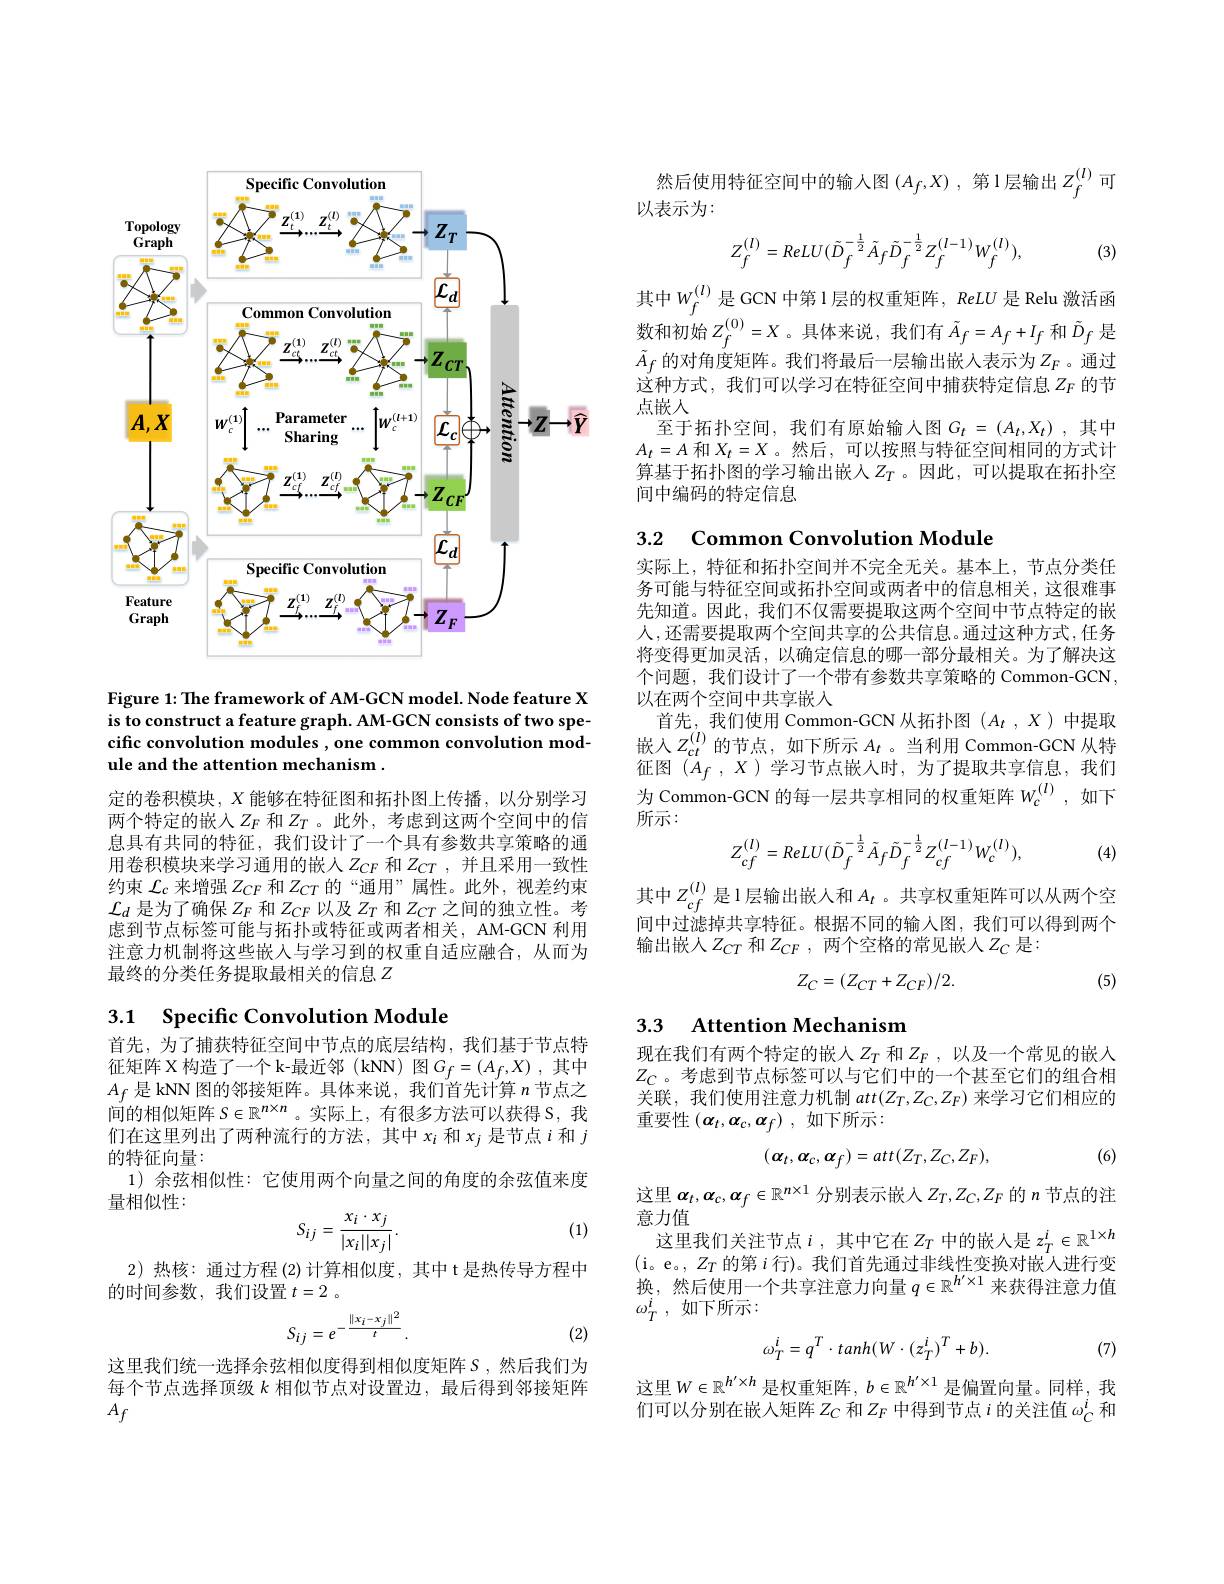
<FigureHere>

Figure 1: The framework of AM-GCN model. Node feature X is to construct a feature graph. AM-GCN consists of two specific convolution modules , one common convolution module and the attention mechanism .

定的卷积模块，$X$能够在特征图和拓扑图上传播，以分别学习两个特定的嵌人$Z_F$ 和 $Z_T$ 。此外，考虑到这两个空间中的信息具有共同的特征，我们设计了一个具有参数共享策略的通用卷积模块来学习通用的嵌人$Z_{CF}$ 和$Z_{CT}$,并且采用一致性约束$\mathcal{L}_c$来增强$Z_CF$和$Z_{CT}$的 “通用”属性。此外，视差约束$\mathcal{L}_d$是为了确保$Z_F$和$Z_CF$以及$Z_T$和$Z_CT$之间的独立性。考虑到节点标签可能与拓扑或特征或两者相关，AM-GCN 利用注意力机制将这些嵌入与学习到的权重自适应融合，从而为最终的分类任务提取最相关的信息$Z$

### 3.1 Specific Convolution Module

首先，为了捕获特征空间中节点的底层结构，我们基于节点特征 矩 阵 X 构 造 了 一 个 k- 最 近 邻 ( kNN) 图 $G_{f}= ( A_{f}, X)$ ,其 中 $A_{f}$ 是 kNN 图 的 邻 接 矩 阵 。具 体 来 说 , 我 们 首 先 计 算 $n$ 节 点 之间的相似矩阵$S\in\mathbb{R}^n\times n$ 。实际上，有很多方法可以获得 S,我们在这里列出了两种流行的方法，其中$x_i$和$x_j$是节点$i$和$j$ 的特征向量：
1)余弦相似性：它使用两个向量之间的角度的余弦值来度
量相似性：
$$S_{ij}=\frac{x_i\cdot x_j}{|x_i||x_j|}.$$
(1)

2)热核：通过方程(2)计算相似度，其中 t 是热传导方程中
的时间参数，我们设置$t=2$ 。
$$S_{ij}=e^{-\frac{\|x_{i}-x_{j}\|^{2}}{t}}\:.$$
(2)

这里我们统一选择余弦相似度得到相似度矩阵$S$,然后我们为每个节点选择顶级$k$ 相似节点对设置边，最后得到邻接矩阵$A_f$

然后使用特征空间中的输入图$( A_f, X)$ , 第 1 层 输 出 $Z_f^{( l) }$可
以表示为：
$$Z_{f}^{(l)}=ReLU(\tilde{D}_{f}^{-\frac{1}{2}}\tilde{A}_{f}\tilde{D}_{f}^{-\frac{1}{2}}Z_{f}^{(l-1)}W_{f}^{(l)}),$$
(3)

其中$W_f^{(l)}$是GCN 中第1层的权重矩阵，ReLU 是 Relu 激活函数和初始$Z_f^{(0)}=X$。具体来说，我们有$\tilde{A}_f=A_f+I_f$ 和$\tilde{D}_f$ 是$\tilde{A}_f$ 的对角度矩阵。我们将最后一层输出嵌入表示为$Z_F$。通过这种方式，我们可以学习在特征空间中捕获特定信息$Z_F$的节点嵌人
至于拓扑空间，我们有原始输入图$G_t=(A_t,X_t)$,其中$A_t=A$和$X_t=X$ 。然后，可以按照与特征空间相同的方式计算基于拓扑图的学习输出嵌人$Z_T$。因此，可以提取在拓扑空间中编码的特定信息

3.2 Common Convolution Module

实际上，特征和拓扑空间并不完全无关。基本上，节点分类任务可能与特征空间或拓扑空间或两者中的信息相关，这很难事先知道。因此，我们不仅需要提取这两个空间中节点特定的嵌人，还需要提取两个空间共享的公共信息。通过这种方式，任务将变得更加灵活，以确定信息的哪一部分最相关。为了解决这个问题，我们设计了一个带有参数共享策略的 Common-GCN, 以在两个空间中共享嵌入
首先，我们使用 Common-GCN 从拓扑图$(A_t,X)$中提取嵌入$Z_ct^{(l)}$的节点，如下所示 $A_t$。当利用 Common-GCN 从特征图$( \bar{A} _f$ , $X)$学习节点嵌人时，为了提取共享信息，我们为 Common-GCN 的每一层共享相同的权重矩阵$w_c^{(l)}$ ,如下所示：
$$Z_{cf}^{(l)}=ReLU(\tilde{D}_{f}^{-\frac{1}{2}}\tilde{A}_{f}\tilde{D}_{f}^{-\frac{1}{2}}Z_{cf}^{(l-1)}W_{c}^{(l)}),$$
(4)

其中$Z_{cf}^{(l)}$是1层输出嵌人和$A_t$ 。共享权重矩阵可以从两个空间中过滤掉共享特征。根据不同的输入图，我们可以得到两个输出嵌入$Z_CT$ 和$Z_CF$,两个空格的常见嵌人$Z_C$是：

(5)
$$Z_C=(Z_{CT}+Z_{CF})/2.$$
3.3 Attention Mechanism

现在我们有两个特定的嵌人$Z_T$和$Z_F$,以及一个常见的嵌入$Z_C$。考虑到节点标签可以与它们中的一个甚至它们的组合相关联，我们使用注意力机制$att(Z_T,Z_C,Z_F)$来学习它们相应的重要性$\left(\boldsymbol{\alpha}_t,\boldsymbol{\alpha}_c,\boldsymbol{\alpha}_f\right)$,如下所示：
$$(\alpha_t,\alpha_c,\alpha_f)=att(Z_T,Z_C,Z_F),$$
(6)

这里$\boldsymbol{\alpha}_t,\boldsymbol{\alpha}_c,\boldsymbol{\alpha}_f\in\mathbb{R}^{n\times1}$分别表示嵌入$Z_T,Z_C,Z_F$的$n$节点的注
意力值
这里我们关注节点$i$ ,其中它在$Z_T$中的嵌入是$z_T^i\in\mathbb{R}^1\times h$ (i。e。, $Z_T$的第$i$行)。我们首先通过非线性变换对嵌人进行变换，然后使用一个共享注意力向量$q\in\mathbb{R}^h^{\prime}\times1$来获得注意力值$\omega _{T}^{i}$ , 如下所示：
$$\omega_T^i=q^T\cdot tanh(W\cdot(z_T^i)^T+b).$$
(7)

这里$W\in\mathbb{R}^h^{\prime}\times h$是权重矩阵，$b\in\mathbb{R}^h^{\prime}\times1$是偏置向量。同样，我们可以分别在嵌入矩阵$Z_C$和$Z_F$中得到节点$i$的关注值$\omega_C^i$和